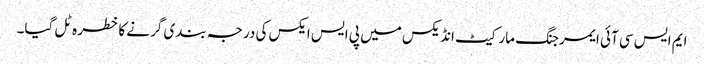
ایم ایس سی آئی ایمرجنگ مارکیٹ انڈیکس میں پی ایس ایکس کی درجہ بندی گرنے کا خطرہ ٹل گیا۔